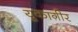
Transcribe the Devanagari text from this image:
युकाग़ीर